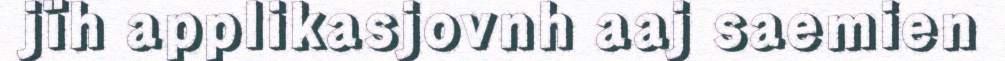
jïh applikasjovnh aaj saemien